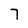
Character: 7